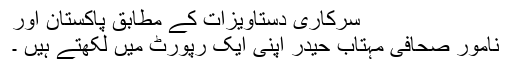
سرکاری دستاویزات کے مطابق پاکستان اور
نامور صحافی مہتاب حیدر اپنی ایک رپورٹ میں لکھتے ہیں ۔